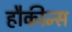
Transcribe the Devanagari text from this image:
हौकीन्स